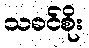
သခင်စိုး